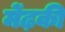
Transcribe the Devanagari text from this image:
मेंढ़की